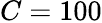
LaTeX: C=100